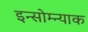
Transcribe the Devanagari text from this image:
इन्सोम्न्याक